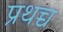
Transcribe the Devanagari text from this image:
प्रथच्च